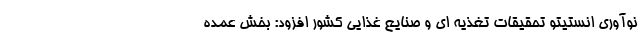
نوآوری انستیتو تحقیقات تغذیه ای و صنایع غذایی کشور افزود: بخش عمده